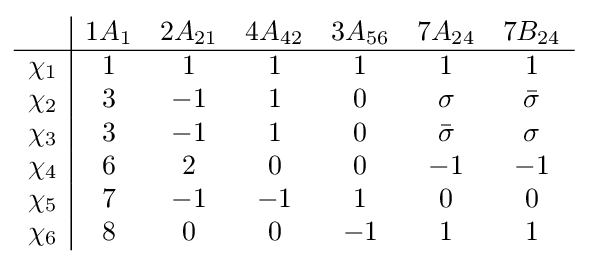
{\begin{array}{r|cccccc}&1A_{1}&2A_{21}&4A_{42}&3A_{56}&7A_{24}&7B_{24}\\\hline \chi _{1}&1&1&1&1&1&1\\\chi _{2}&3&-1&1&0&\sigma &{\bar {\sigma }}\\\chi _{3}&3&-1&1&0&{\bar {\sigma }}&\sigma \\\chi _{4}&6&2&0&0&-1&-1\\\chi _{5}&7&-1&-1&1&0&0\\\chi _{6}&8&0&0&-1&1&1\\\end{array}}